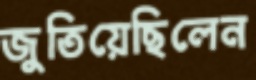
জুতিয়েছিলেন